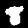
Label: 8